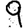
Digit: 9